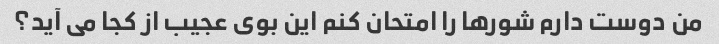
من دوست دارم شورها را امتحان کنم این بوی عجیب از کجا می آید؟